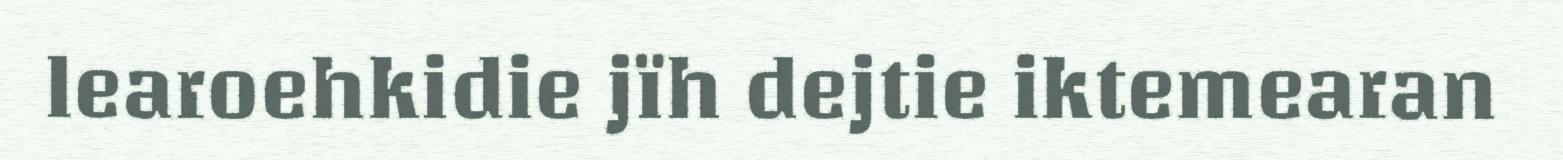
learoehkidie jïh dejtie iktemearan